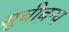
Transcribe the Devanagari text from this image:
सूचीबन्ध